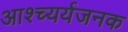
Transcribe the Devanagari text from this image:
आश्च्यर्यजनक